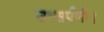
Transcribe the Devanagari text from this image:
उत्सर्पणी।